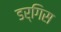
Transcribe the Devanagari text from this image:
डर्गिस